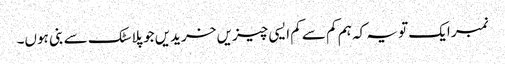
نمبر ایک تو یہ کہ ہم کم سے کم ایسی چیزیں خریدیں جو پلاسٹک سے بنی ہوں۔